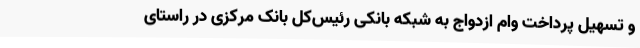
و تسهیل پرداخت وام ازدواج به شبکه بانکی رئیس‌کل بانک مرکزی در راستای